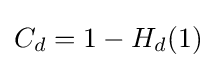
{\textstyle C_{d}=1-H_{d}(1)}